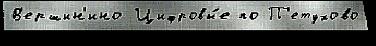
В'ершин'ино Цифровы́е по П'етухово